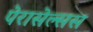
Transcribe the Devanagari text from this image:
पेरासेल्सस